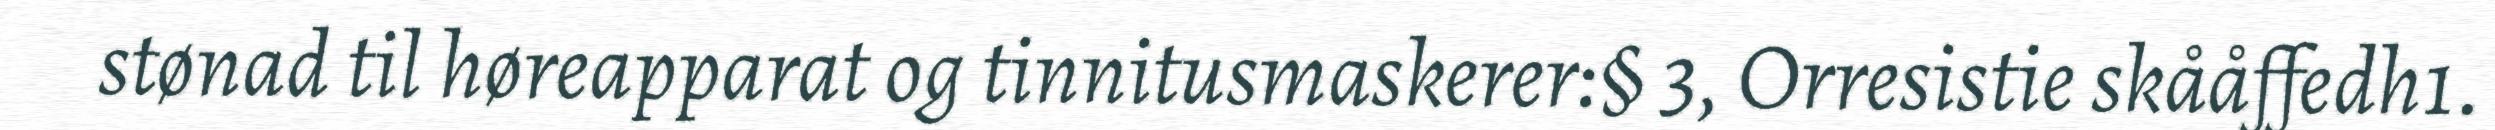
stønad til høreapparat og tinnitusmaskerer:§ 3, Orresistie skååffedh1.